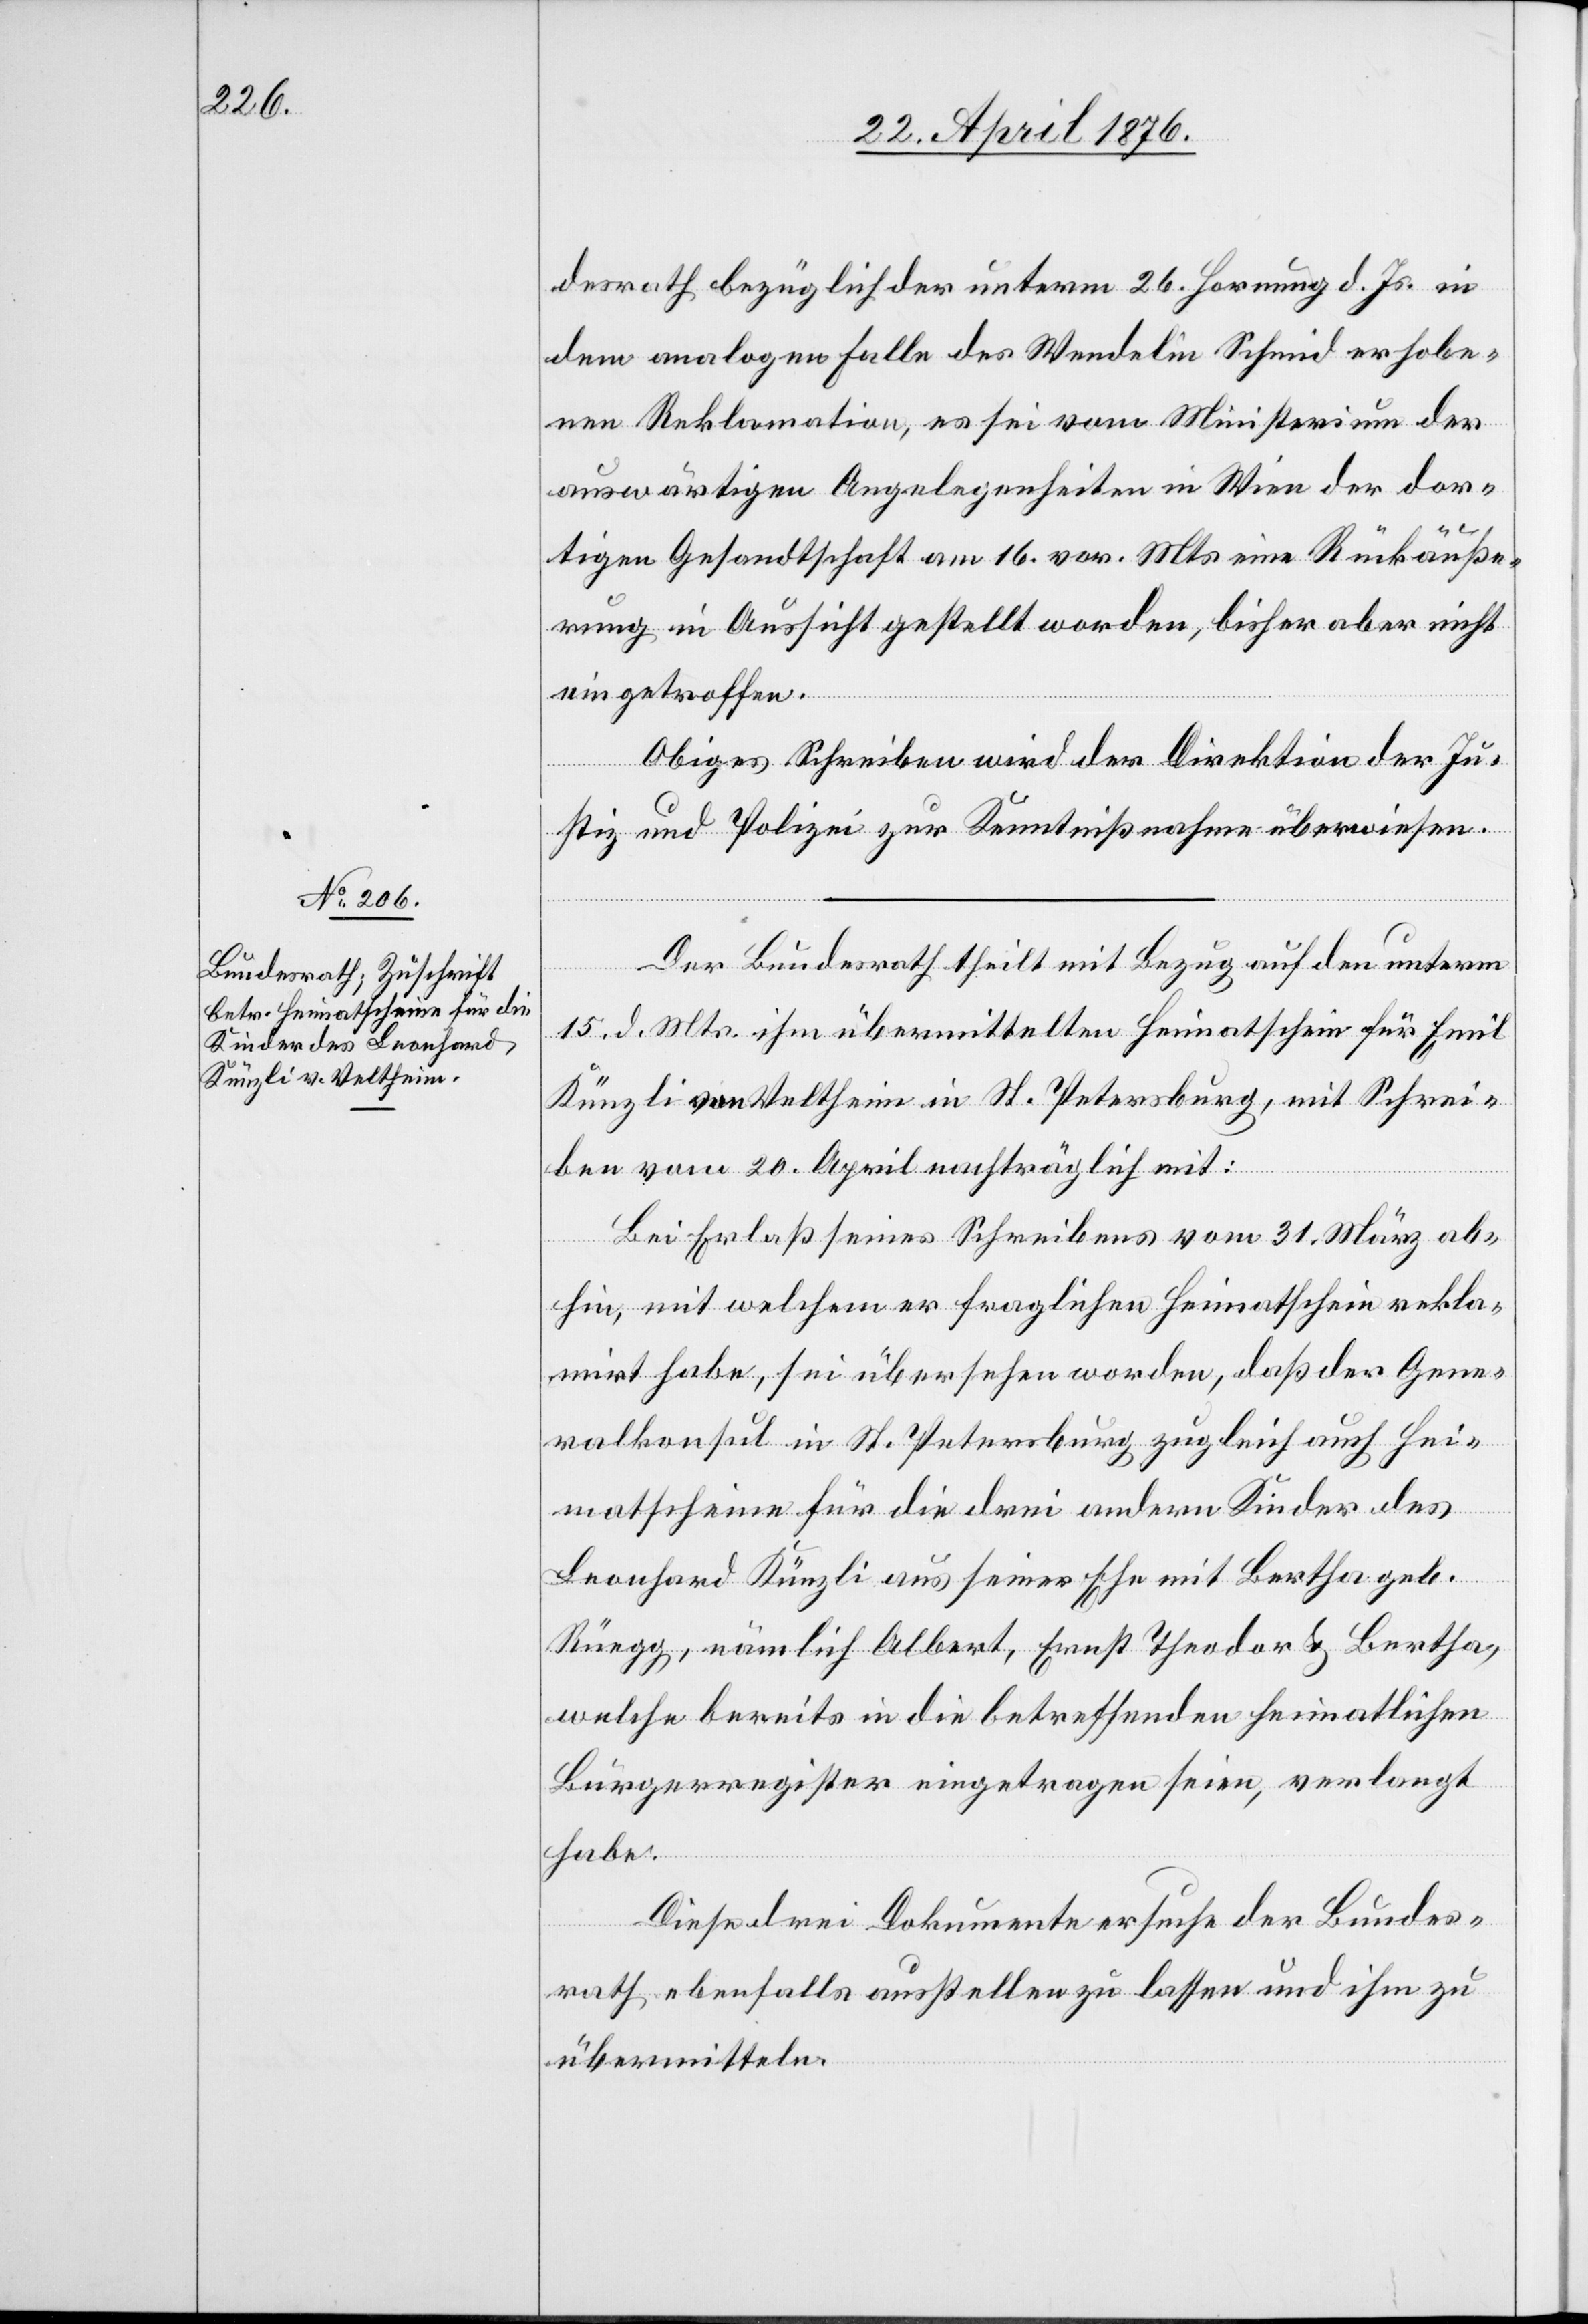
25. April 1876.]
desrath bezüglich der unterm 26. Hornung d. Js. in
dem analogen Falle des Wendelin Schmid erhobe¬
nen Reklamation, es sei vom Ministerium der
auswärtigen Angelegenheiten in Wien der dor¬
tigen Gesandtschaft am 16. vor. Mts. eine Rückäuße¬
rung in Aussicht gestellt worden, bisher aber nicht
eingetroffen.
Obiges Schreiben wird der Direktion der Ju¬
stiz und Polizei zur Kenntnißnahme überwiesen.
Der Bundesrath theilt mit Bezug auf den unterm
15. d. Mts ihm übermittelten Heimatschein für Emil
Künzli von Veltheim in St. Petersburg, mit Schrei¬
ben vom 20. April nachträglich mit:
Bei Erlaß seines Schreibens vom 31. März ab¬
hin, mit welchem er fraglichen Heimatschein rekla¬
mirt habe, sei übersehen worden, daß der Gene¬
ralkonsul in St. Petersburg zugleich auch Hei¬
matscheine für die drei andern Kinder des
Leonhard Künzli aus seiner Ehe mit Bertha geb.
Rüegg, nämlich Albert, Ernst Theodor & Bertha,
welche bereits in die betreffenden heimatlichen
Bürgerregister eingetragen seien, verlangt
habe.
Diese drei Dokumente suche der Bundes¬
rath ebenfalls ausstellen zu lassen und ihm zu
übermitteln.